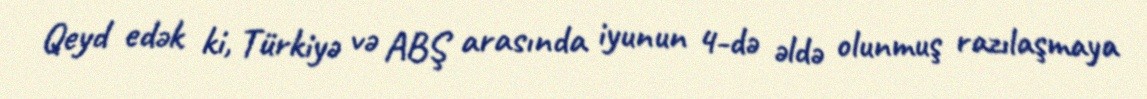
Qeyd edək ki, Türkiyə və ABŞ arasında iyunun 4-də əldə olunmuş razılaşmaya